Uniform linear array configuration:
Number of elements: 16
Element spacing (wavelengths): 0.5
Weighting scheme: hann
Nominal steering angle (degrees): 15
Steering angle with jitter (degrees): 15.609
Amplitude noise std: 0.05
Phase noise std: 0.05

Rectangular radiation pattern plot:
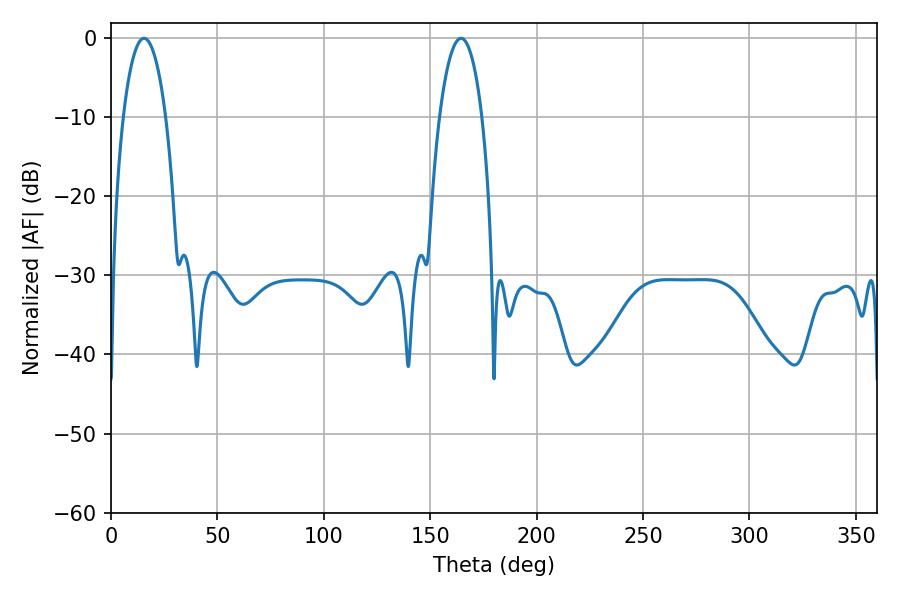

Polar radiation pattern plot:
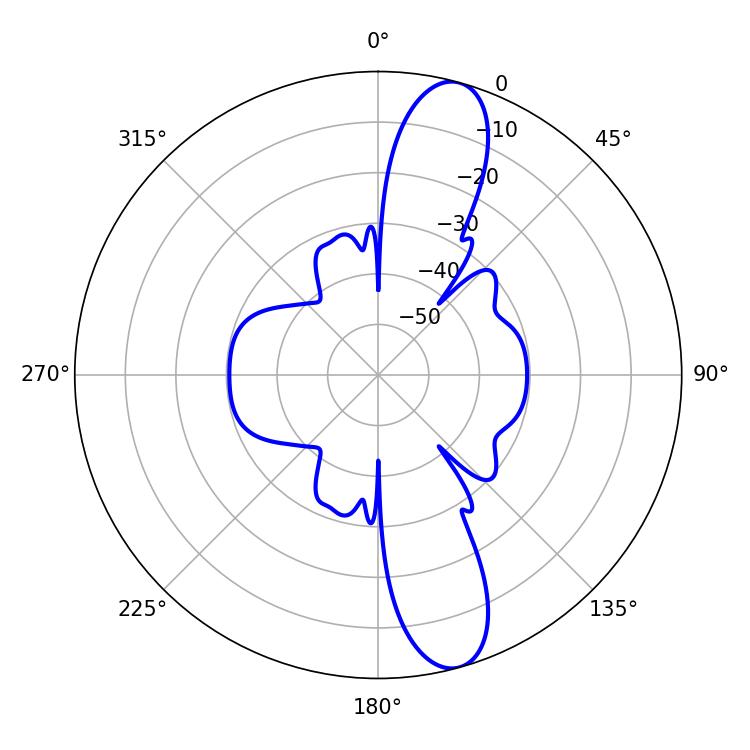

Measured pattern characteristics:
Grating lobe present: FALSE
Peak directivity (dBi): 12.536
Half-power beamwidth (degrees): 11.34
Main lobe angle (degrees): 164.52